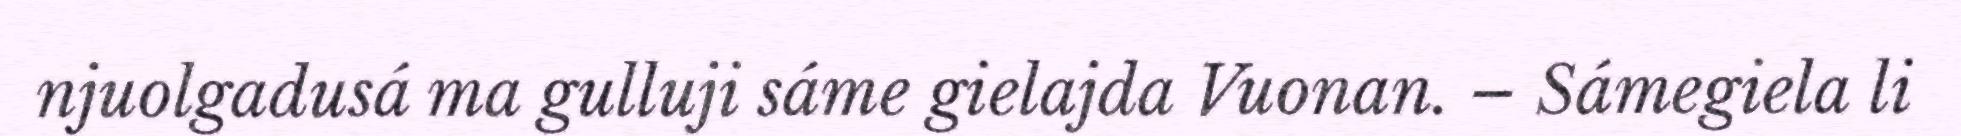
njuolgadusá ma gulluji sáme gielajda Vuonan. – Sámegiela li